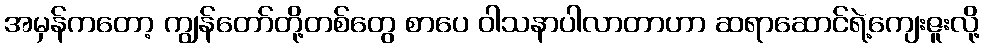
အမှန်ကတော့ ကျွန်တော်တို့တစ်တွေ စာပေ ဝါသနာပါလာတာဟာ ဆရာဆောင်ရဲ့ကျေးဇူးလို့